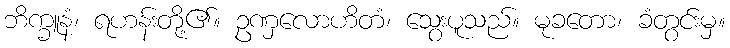
ဘိက္ခူနံ၊ ရဟန်းတို့၏။ ဥဏှလောဟိတံ၊ သွေးပူသည်။ မုခတော၊ ခံတွင်းမှ။